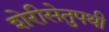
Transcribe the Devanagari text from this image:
शेरीसेतुपथी